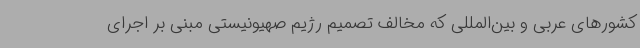
کشورهای عربی و بین‌المللی که مخالف تصمیم رژیم صهیونیستی مبنی بر اجرای